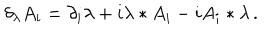
\delta _ { \lambda } A _ { i } = \partial _ { i } \lambda + i \lambda * A _ { i } - i A _ { i } * \lambda \, .